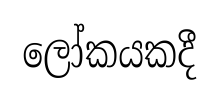
ලෝකයකදී